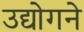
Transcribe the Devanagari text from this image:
उद्योगने